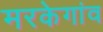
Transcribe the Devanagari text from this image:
मरकेगांव